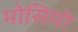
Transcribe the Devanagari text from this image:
मोसिमो